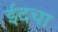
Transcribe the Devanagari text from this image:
ईदचा